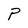
Character: P